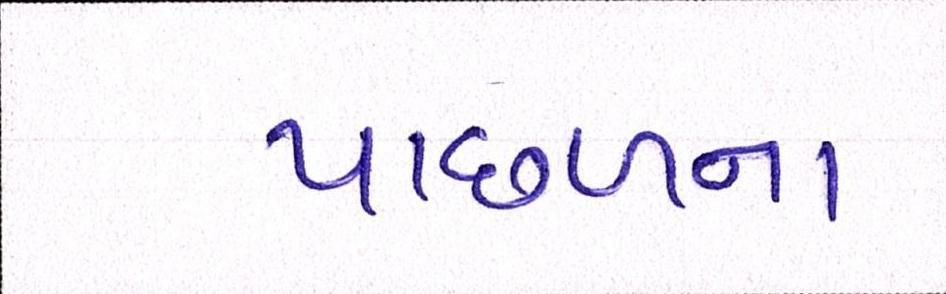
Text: પાછળના